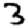
Digit: 3